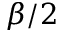
\beta / 2